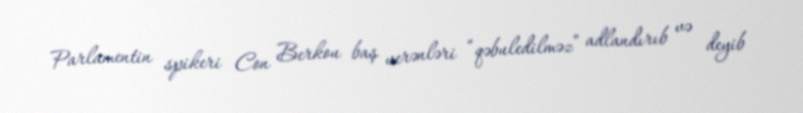
Parlamentin spikeri Con Berkou baş verənləri “qəbuledilməz” adlandırıb və deyib